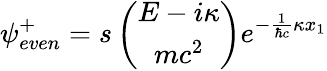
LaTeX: {\psi}_{even}^{+}=s\left(\begin{array}{c}{{E-i{\kappa}}}\\ {{mc^{2}}}\end{array}\right)e^{-\frac{1}{{\hbar}c}{\kappa}x_{1}}